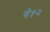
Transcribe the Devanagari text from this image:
से१२